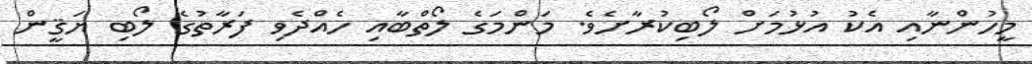
މީހުންނާއި އެކު އުޅުމަށް ލޯބިކުރާށެވެ. މަންމަގެ ލޯތްބާއި ހެއްދެވި ފަރާތުގެ ލޯބި ޔަޤީން